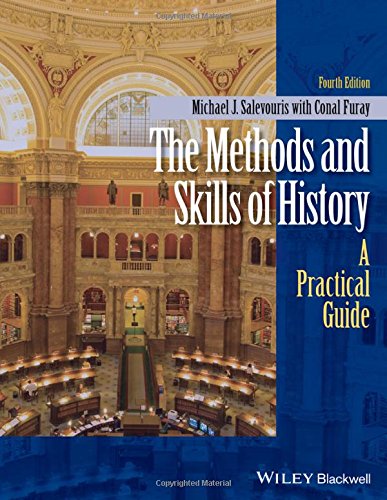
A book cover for The Methods and Skills of History: A Practical Guide; Michael J. Salevouris; History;